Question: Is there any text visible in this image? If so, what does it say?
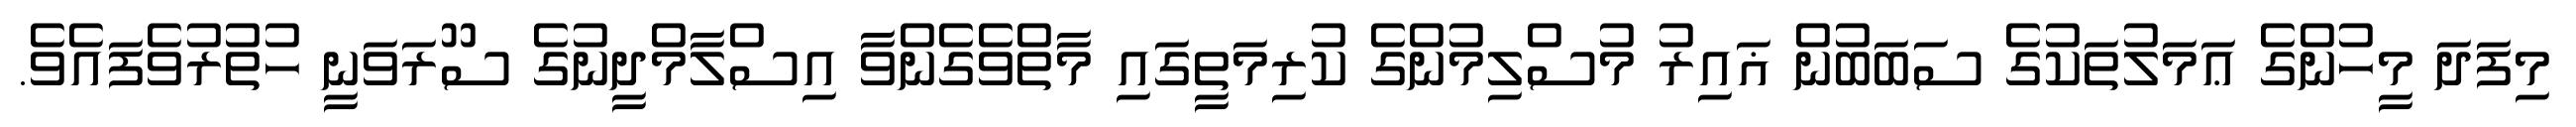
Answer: މިފަދަ މީހުންގެ ޢަމަލުތަކުގެ ސަބަބުން ޣައިރު މުސްލިމުންގެ ކުރިމަތީގައި މާތްވެގެންވާ އިސްލާމްދީނުގެ ސޫރަވަނީ ހުތުރުވެފައެވެ.